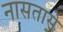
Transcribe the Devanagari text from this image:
नासतासे